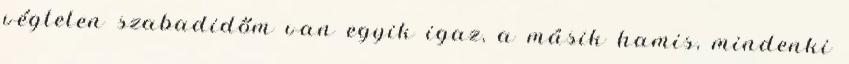
végtelen szabadidőm van egyik igaz, a másik hamis, mindenki